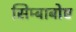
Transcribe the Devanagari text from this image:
सिम्बाबोए